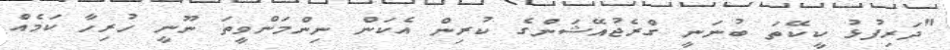
"ދަރިފުޅު ކީކޭތަ ބުނަނީ ގްރެޖުއޭޝަންގެ ކުރިން އެކަން ނިންމަންވީތަ ނޫނީ ހުރިހާ ކަމެއް